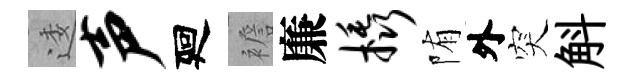
逶声廻襜廉橇陏外突斛